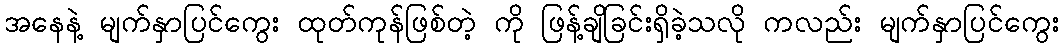
အနေနဲ့ မျက်နှာပြင်ကွေး ထုတ်ကုန်ဖြစ်တဲ့ ကို ဖြန့်ချိခြင်းရှိခဲ့သလို ကလည်း မျက်နှာပြင်ကွေး